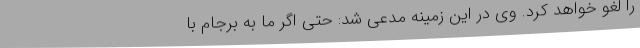
را لغو خواهد کرد. وی در این زمینه مدعی شد: حتی اگر ما به برجام با